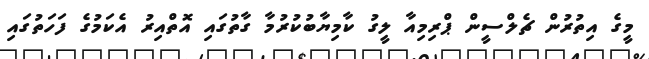
މީގެ އިތުރުން ޗެލްސީން ޕްރިމިއާ ލީގު ކާމިޔާބުކުރުމާ ގާތުގައި އޮތްއިރު އެކަމުގެ ފަހަތުގައި